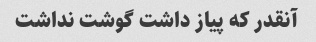
آنقدر که پیاز داشت گوشت نداشت